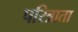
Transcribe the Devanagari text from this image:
परित्राता